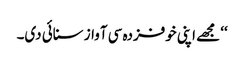
‘‘ مجھے اپنی خوفزدہ سی آواز سنائی دی۔